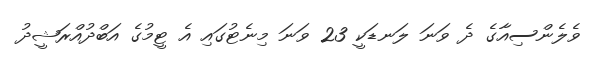
ވެލެންސިއާގެ ދެ ވަނަ ލަނޑަކީ 23 ވަނަ މިނެޓުގައި އެ ޓީމުުުގެ އަބްދުއްރަޝީދު